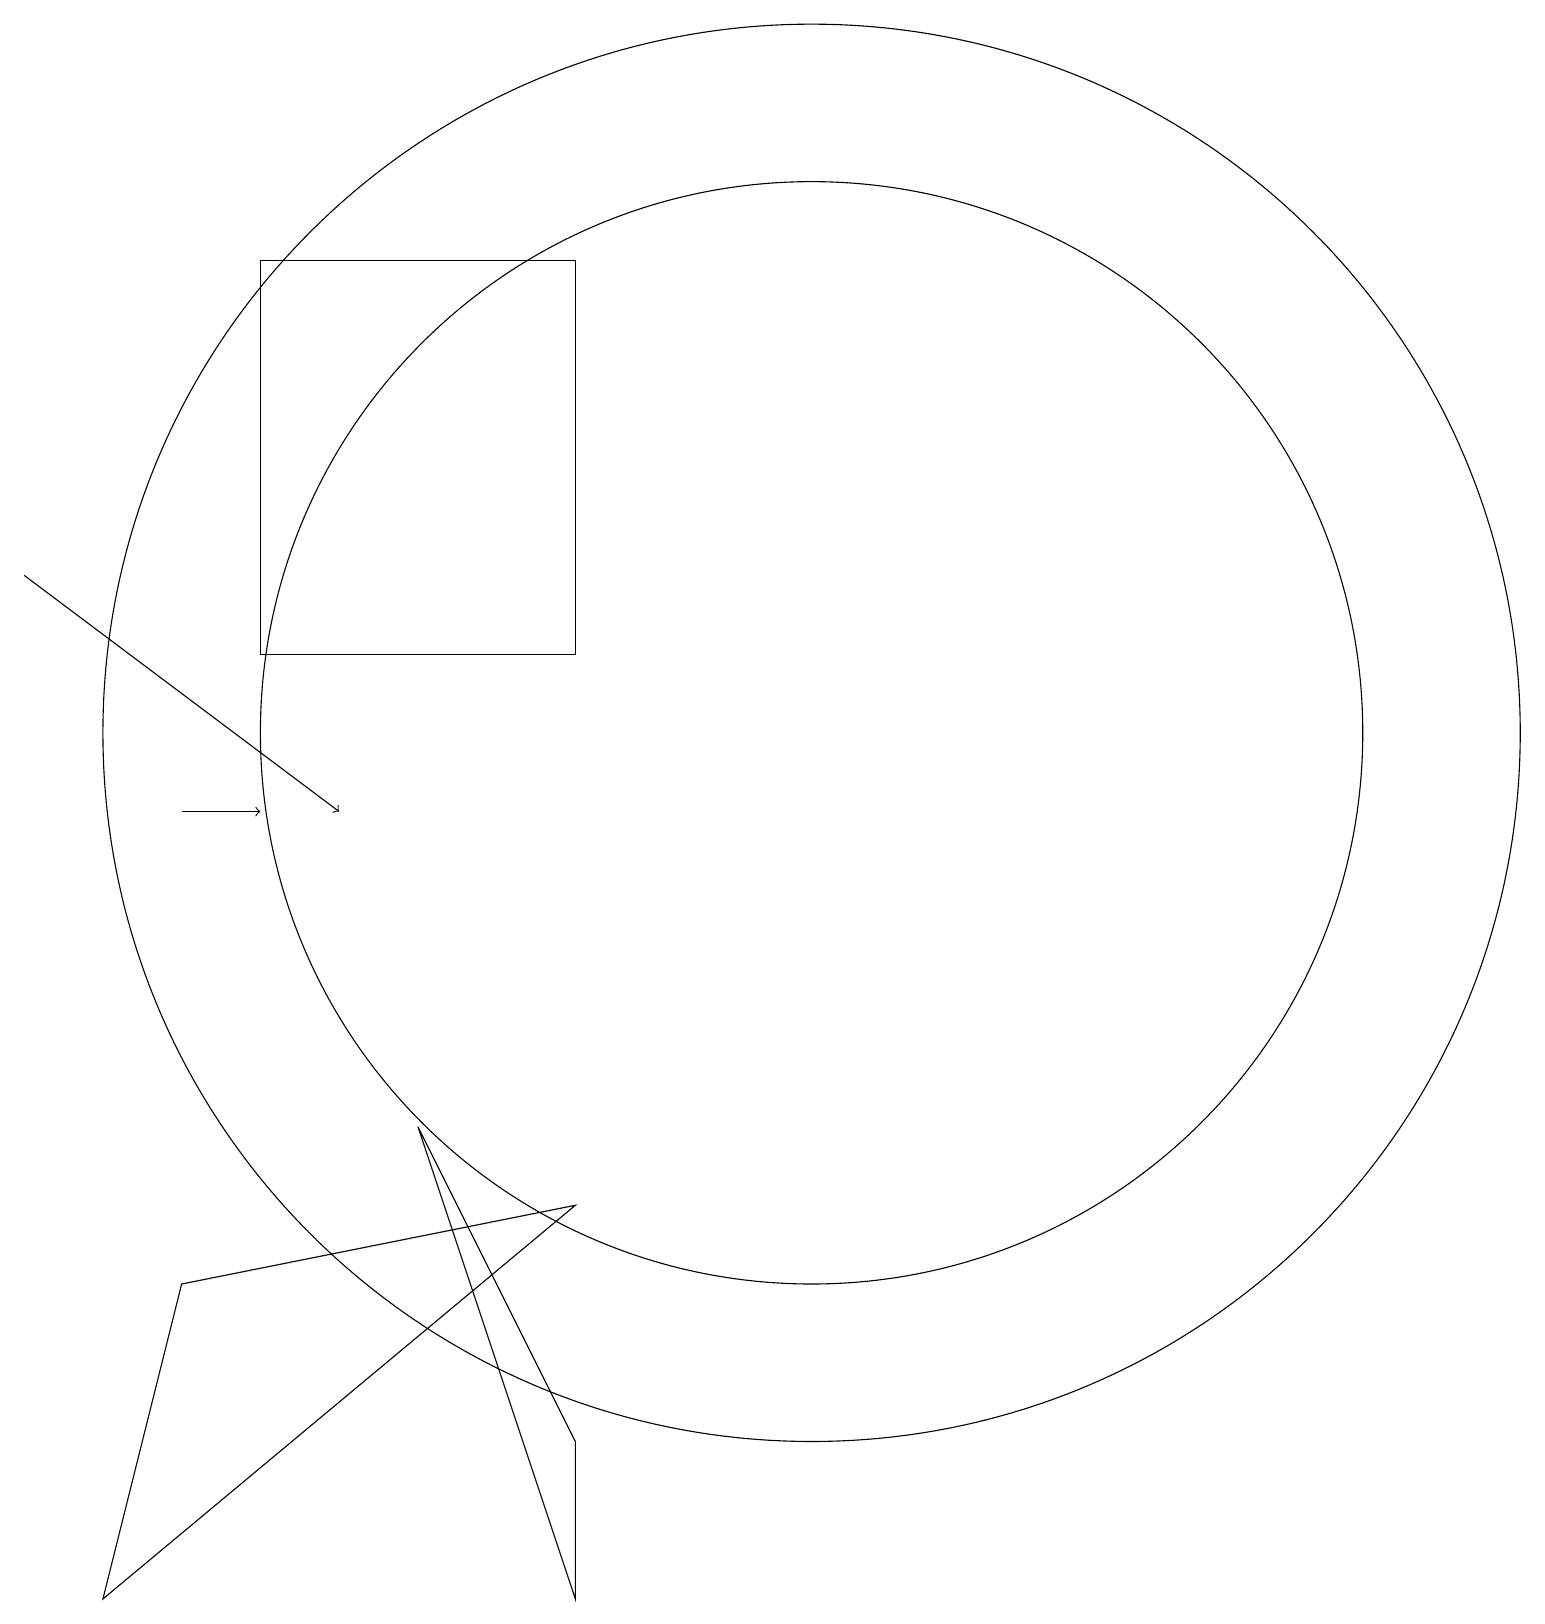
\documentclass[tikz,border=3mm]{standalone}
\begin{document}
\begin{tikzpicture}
\draw[->] (3,10) -- (4,10);
\draw (11,11) circle (7);
\draw (11,11) circle (9);
\draw (8,5) -- (3,4) -- (2,0) -- cycle;
\draw (8,12) rectangle (4,17);
\draw (8,0) -- (6,6) -- (8,2) -- cycle;
\draw[->] (1,13) -- (5,10);
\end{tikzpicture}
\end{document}